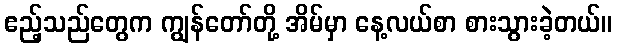
ဧည့်သည်တွေက ကျွန်တော်တို့ အိမ်မှာ နေ့လယ်စာ စားသွားခဲ့တယ်။